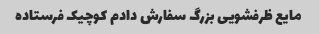
مایع ظرفشویی بزرگ سفارش دادم کوچیک فرستاده